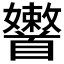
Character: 𩠶